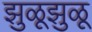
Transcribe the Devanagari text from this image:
झुळूझुळू